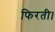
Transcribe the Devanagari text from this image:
फिरती।